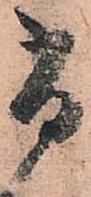
尚